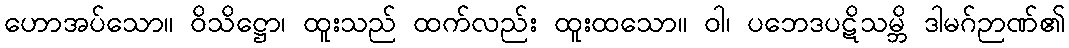
ဟောအပ်သော။ ဝိသိဋ္ဌော၊ ထူးသည် ထက်လည်း ထူးထသော။ ဝါ၊ ပဘေဒပဋိသမ္ဘိ ဒါမဂ်ဉာဏ်၏